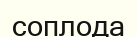
соплода